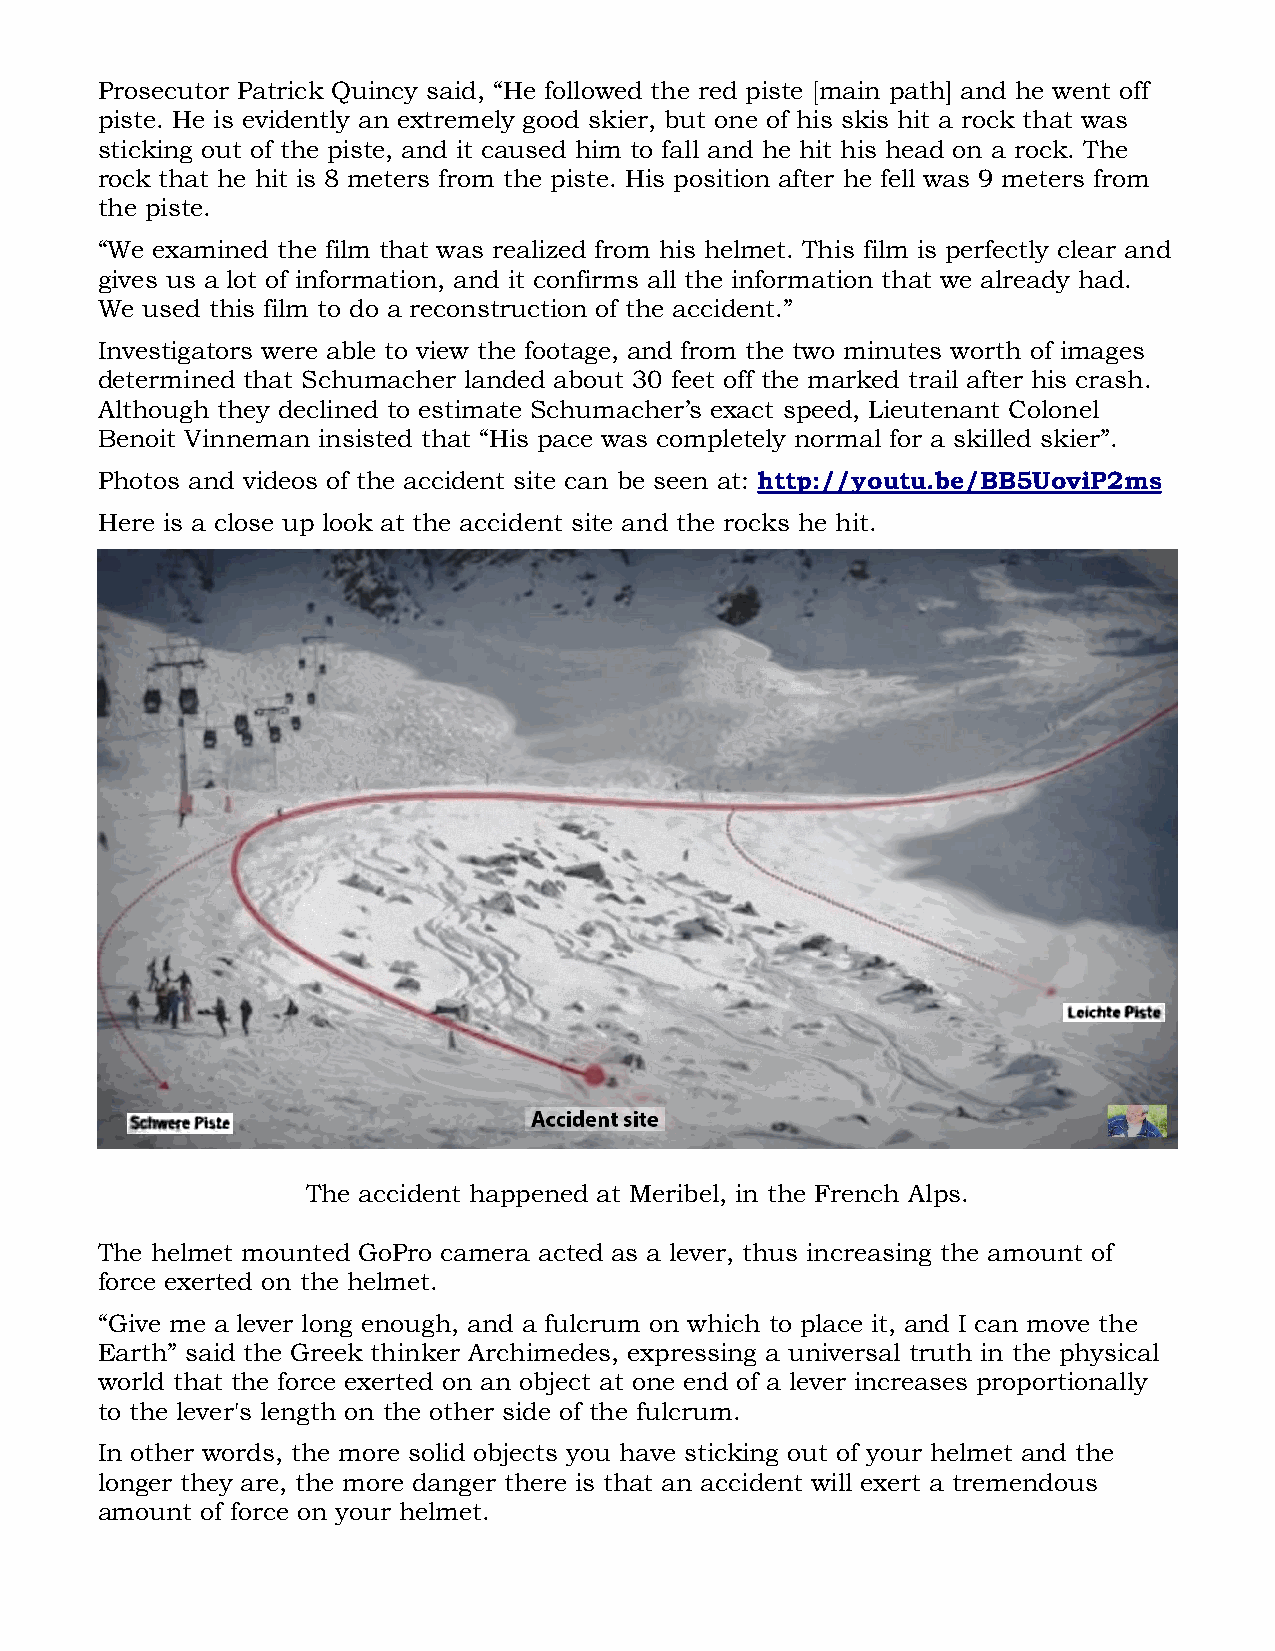
Prosecutor Patrick Quincy said, “He followed the red piste [main path] and he went off
 piste. He is evidently an extremely good skier, but one of his skis hit a rock that was
 sticking out of the piste, and it caused him to fall and he hit his head on a rock. The
 rock that he hit is 8 meters from the piste. His position after he fell was 9 meters from
 the piste.
 “We examined the film that was realized from his helmet. This film is perfectly clear and
 gives us a lot of information, and it confirms all the information that we already had.
 We used this film to do a reconstruction of the accident.”
 Investigators were able to view the footage, and from the two minutes worth of images
 determined that Schumacher landed about 30 feet off the marked trail after his crash.
 Although they declined to estimate Schumacher’s exact speed, Lieutenant Colonel
 Benoit Vinneman insisted that “His pace was completely normal for a skilled skier”.
 Photos and videos of the accident site can be seen at: http://youtu.be/BB5UoviP2ms
 Here is a close up look at the accident site and the rocks he hit.
 The accident happened at Meribel, in the French Alps.
 The helmet mounted GoPro camera acted as a lever, thus increasing the amount of
 force exerted on the helmet.
 “Give me a lever long enough, and a fulcrum on which to place it, and I can move the
 Earth” said the Greek thinker Archimedes, expressing a universal truth in the physical
 world that the force exerted on an object at one end of a lever increases proportionally
 to the lever's length on the other side of the fulcrum.
 In other words, the more solid objects you have sticking out of your helmet and the
 longer they are, the more danger there is that an accident will exert a tremendous
 amount of force on your helmet.